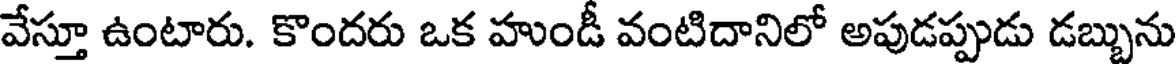
వేస్తూ ఉంటారు. కొందరు ఒక హుండీ వంటిదానిలో అపుడప్పుడు డబ్బును